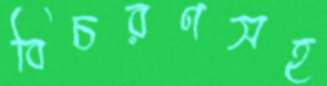
বিচরণসহ